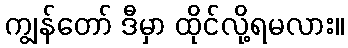
ကျွန်တော် ဒီမှာ ထိုင်လို့ရမလား။